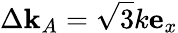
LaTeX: \Delta\textbf{k}_{A}=\sqrt{3}k\mathbf{e}_{x}